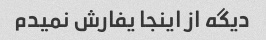
دیگه از اینجا یفارش نمیدم